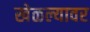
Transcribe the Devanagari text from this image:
खेळल्यावर